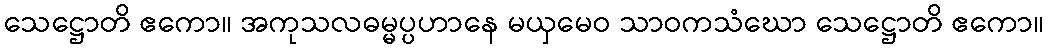
သေဋ္ဌောတိ ဧကော။ အကုသလဓမ္မပ္ပဟာနေ မယှမေဝ သာဝကသံဃော သေဋ္ဌောတိ ဧကော။